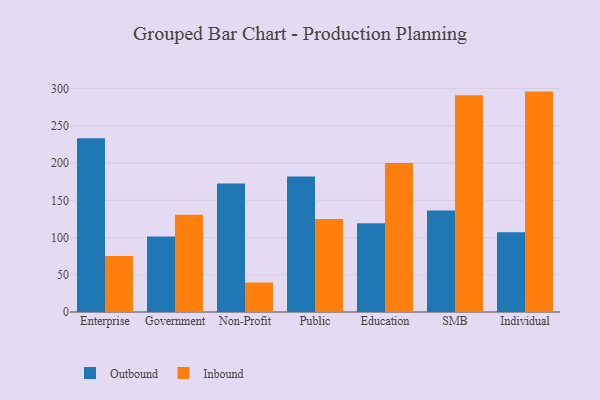
{"axis": {"x": "Segment", "y": "Waste Production (Tons)"}, "legend": ["Inbound", "Outbound"], "data": [{"x": "Enterprise", "y": 233.4, "type": "Outbound"}, {"x": "Enterprise", "y": 75.2, "type": "Inbound"}, {"x": "Government", "y": 101.4, "type": "Outbound"}, {"x": "Government", "y": 130.6, "type": "Inbound"}, {"x": "Non-Profit", "y": 172.7, "type": "Outbound"}, {"x": "Non-Profit", "y": 39.6, "type": "Inbound"}, {"x": "Public", "y": 182.1, "type": "Outbound"}, {"x": "Public", "y": 125.0, "type": "Inbound"}, {"x": "Education", "y": 119.2, "type": "Outbound"}, {"x": "Education", "y": 200.0, "type": "Inbound"}, {"x": "SMB", "y": 136.4, "type": "Outbound"}, {"x": "SMB", "y": 291.0, "type": "Inbound"}, {"x": "Individual", "y": 107.2, "type": "Outbound"}, {"x": "Individual", "y": 296.0, "type": "Inbound"}]}